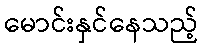
မောင်းနှင်နေသည့်